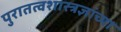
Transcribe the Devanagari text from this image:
पुरातत्वशास्त्रज्ञांच्या